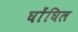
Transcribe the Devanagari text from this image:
घोंघिल